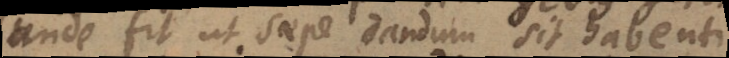
unde fit ut saepe dandum sit habenti